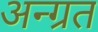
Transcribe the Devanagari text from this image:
अन्ग्रत